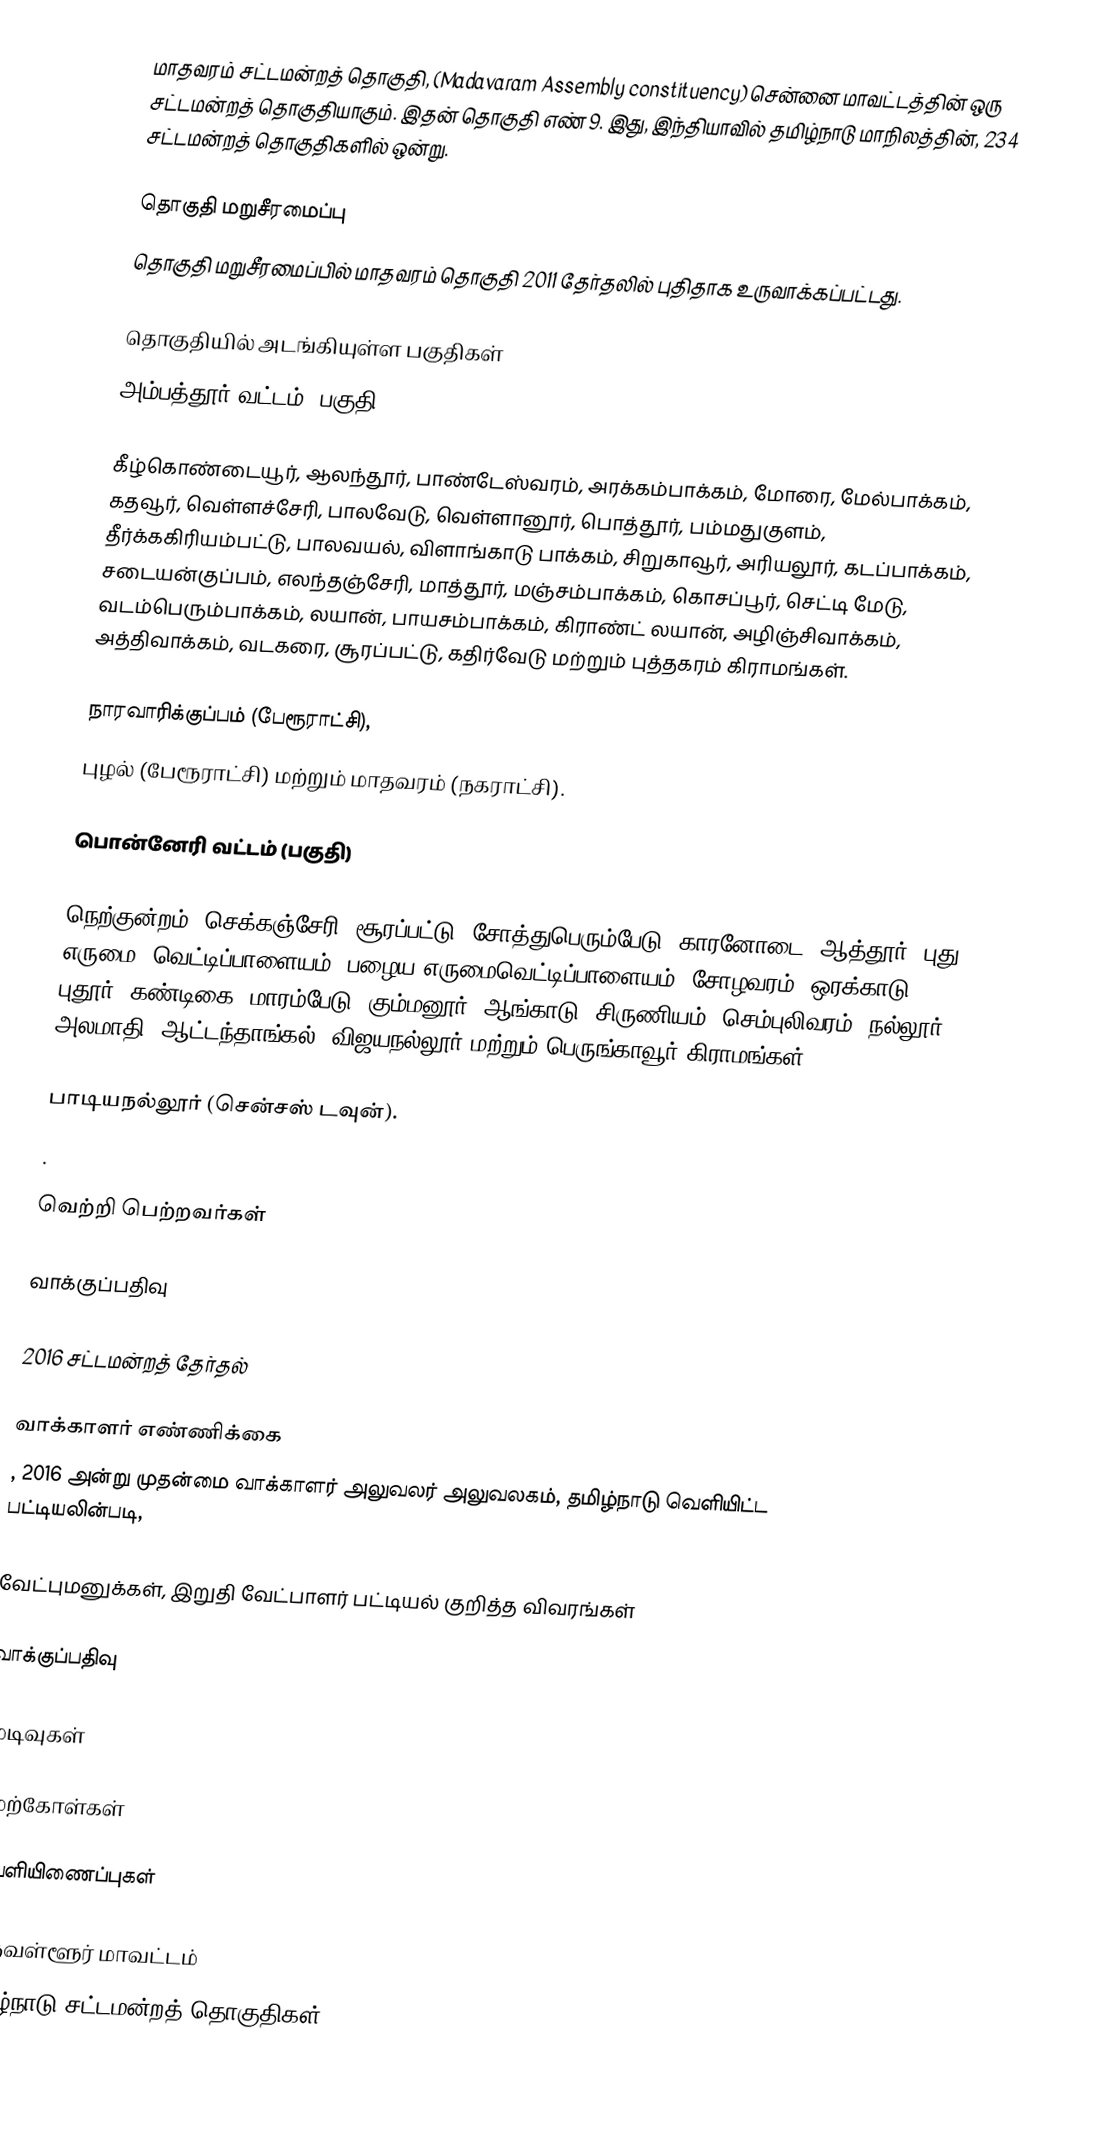
மாதவரம் சட்டமன்றத் தொகுதி, (Madavaram Assembly constituency) சென்னை மாவட்டத்தின் ஒரு சட்டமன்றத் தொகுதியாகும். இதன் தொகுதி எண் 9. இது, இந்தியாவில் தமிழ்நாடு மாநிலத்தின், 234 சட்டமன்றத் தொகுதிகளில் ஒன்று.

தொகுதி மறுசீரமைப்பு
தொகுதி மறுசீரமைப்பில் மாதவரம் தொகுதி 2011 தேர்தலில் புதிதாக உருவாக்கப்பட்டது.

தொகுதியில் அடங்கியுள்ள பகுதிகள்
அம்பத்தூர் வட்டம் (பகுதி)

கீழ்கொண்டையூர், ஆலந்தூர், பாண்டேஸ்வரம், அரக்கம்பாக்கம், மோரை, மேல்பாக்கம், கதவூர், வெள்ளச்சேரி, பாலவேடு, வெள்ளானூர், பொத்தூர், பம்மதுகுளம், தீர்க்ககிரியம்பட்டு, பாலவயல், விளாங்காடு பாக்கம், சிறுகாவூர், அரியலூர், கடப்பாக்கம், சடையன்குப்பம், எலந்தஞ்சேரி, மாத்தூர், மஞ்சம்பாக்கம், கொசப்பூர், செட்டி மேடு, வடம்பெரும்பாக்கம், லயான், பாயசம்பாக்கம், கிராண்ட் லயான், அழிஞ்சிவாக்கம், அத்திவாக்கம், வடகரை, சூரப்பட்டு, கதிர்வேடு மற்றும் புத்தகரம் கிராமங்கள்.

நாரவாரிக்குப்பம் (பேரூராட்சி),
புழல் (பேரூராட்சி) மற்றும் மாதவரம் (நகராட்சி).

பொன்னேரி வட்டம் (பகுதி)

நெற்குன்றம், செக்கஞ்சேரி, சூரப்பட்டு, சோத்துபெரும்பேடு, காரனோடை, ஆத்தூர், புது எருமை, வெட்டிப்பாளையம், பழைய எருமைவெட்டிப்பாளையம், சோழவரம், ஒரக்காடு, புதூர், கண்டிகை, மாரம்பேடு, கும்மனூர், ஆங்காடு, சிருணியம், செம்புலிவரம், நல்லூர், அலமாதி, ஆட்டந்தாங்கல், விஜயநல்லூர் மற்றும் பெருங்காவூர் கிராமங்கள்.

பாடியநல்லூர் (சென்சஸ் டவுன்).
.

வெற்றி பெற்றவர்கள்

வாக்குப்பதிவு

2016 சட்டமன்றத் தேர்தல்

வாக்காளர் எண்ணிக்கை
, 2016 அன்று முதன்மை வாக்காளர் அலுவலர் அலுவலகம், தமிழ்நாடு வெளியிட்ட பட்டியலின்படி,

வேட்புமனுக்கள், இறுதி வேட்பாளர் பட்டியல் குறித்த விவரங்கள்

வாக்குப்பதிவு

முடிவுகள்

மேற்கோள்கள்

வெளியிணைப்புகள்

திருவள்ளூர் மாவட்டம்
தமிழ்நாடு சட்டமன்றத் தொகுதிகள்